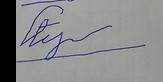
Signature authenticity: forged